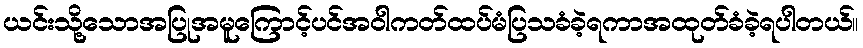
ယင်းသို့သောအပြုအမူကြောင့်ပင်အဝါကတ်ထပ်မံပြသခံခဲ့ရကာအထုတ်ခံခဲ့ရပါတယ်။